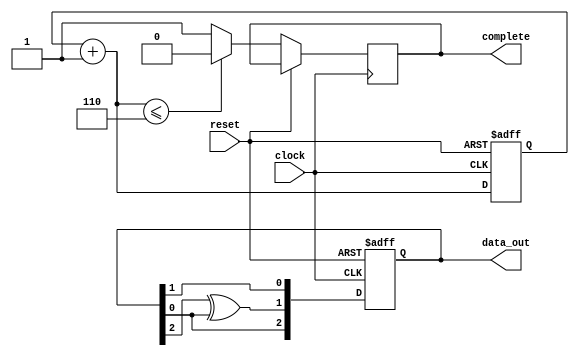
`timescale 1ns / 1ps
//////////////////////////////////////////////////////////////////////////////////
// Company: 
// Engineer: 
// 
// Design Name: 
// Module Name: LFSR
// Project Name: 
// Target Devices: 
// Tool Versions: 
// Description: 
// 
// Dependencies: 
// 
// Revision:
// Revision 0.01 - File Created
// Additional Comments:
// 
//////////////////////////////////////////////////////////////////////////////////

module ML_lfsr(data_out, complete, reset, clock);
input reset;
input clock;
output [0:2] data_out;
output reg  complete; 
reg [0:2] lfsr_reg;		
reg [2:0] counter; 

always@(posedge clock or posedge reset)
begin
   if(reset == 1)
begin
lfsr_reg <= 9'b001;   
counter <= 3'b000;  
end
   else
begin
    lfsr_reg[0] <= lfsr_reg[2];
    lfsr_reg[1] <= lfsr_reg[0] ^ lfsr_reg[2];
    lfsr_reg[2] <= lfsr_reg[1];
counter = counter + 1;
if(counter <= 3'b110) 
     complete = 0;
else
     complete = 1; 
end
   end
assign data_out = lfsr_reg;  
endmodule